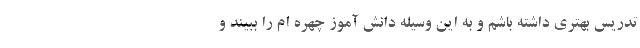
تدریس بهتری داشته باشم و به این وسیله دانش آموز چهره ام را ببیند و